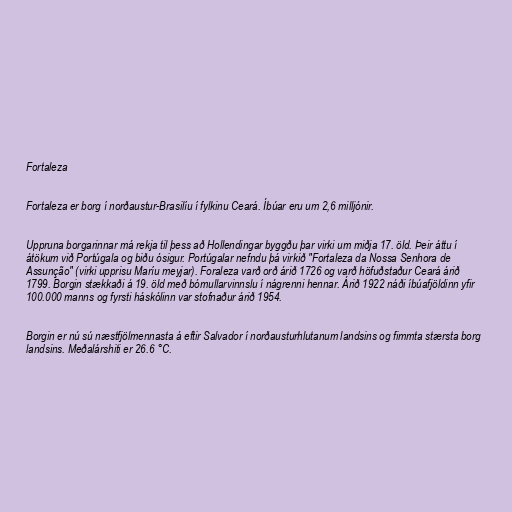
Fortaleza

Fortaleza er borg í norðaustur-Brasilíu í fylkinu Ceará. Íbúar eru um 2,6 milljónir.

Uppruna borgarinnar má rekja til þess að Hollendingar byggðu þar virki um miðja 17. öld. Þeir áttu í
átökum við Portúgala og biðu ósigur. Portúgalar nefndu þá virkið "Fortaleza da Nossa Senhora de
Assunção" (virki upprisu Maríu meyjar). Foraleza varð orð árið 1726 og varð höfuðstaður Ceará árið
1799. Borgin stækkaði á 19. öld með bómullarvinnslu í nágrenni hennar. Árið 1922 náði íbúafjöldinn yfir
100.000 manns og fyrsti háskólinn var stofnaður árið 1954.

Borgin er nú sú næstfjölmennasta á eftir Salvador í norðausturhlutanum landsins og fimmta stærsta borg
landsins. Meðalárshiti er 26.6 °C.